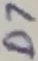
Text: D7